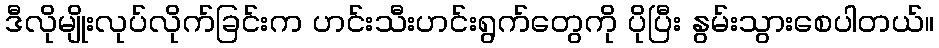
ဒီလိုမျိုးလုပ်လိုက်ခြင်းက ဟင်းသီးဟင်းရွက်တွေကို ပိုပြီး နွမ်းသွားစေပါတယ်။